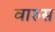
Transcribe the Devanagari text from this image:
वारुस